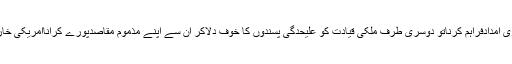
ایک طرف علیحدگی پسندوں کو زیرخانہ بھاری امدادفراہم کرناتو دوسری طرف ملکی قیادت کو علیحدگی پسندوں کا خوف دلاکر ان سے اپنے مذموم مقاصدپورے کراناامریکی خارجہ پالیسی کا سب سے بڑا اصول نظر آتاہے۔